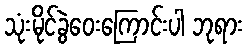
သုံးမိုင်ခွဲဝေးကြောင်းပါ ဘုရား